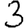
Digit: 3